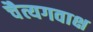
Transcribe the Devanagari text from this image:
चैत्यगवाक्ष